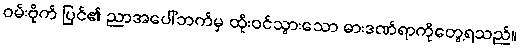
ဝမ်းဗိုက် ပြင်၏ ညာအပေါ်ဘက်မှ ထိုးဝင်သွားသော ဓားဒဏ်ရာကိုတွေ့ရသည်။